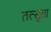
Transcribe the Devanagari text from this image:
तत्सुता